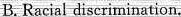
B.Racial discrimination.